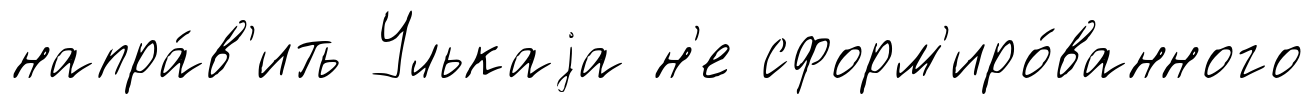
напра́в'ить Улькаjа н'е сформ'иро́ванного